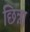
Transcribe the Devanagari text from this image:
छिन्ना